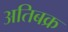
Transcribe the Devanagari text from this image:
अतिबक्र